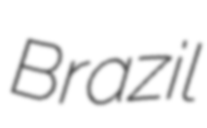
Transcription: Brazil